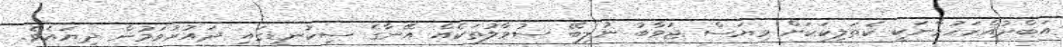
އަބްދުއްރަހުމާނަކީ ކެތަލިކަކަށް ވިޔަސް ޖަވާބު ނުލިބޭ ސުވާލުތަކެއް އޭނާގެ ސިކުނޑީގައި ދައުރުވަމުން ދިޔައެވެ.